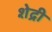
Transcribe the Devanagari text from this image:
शेद्री